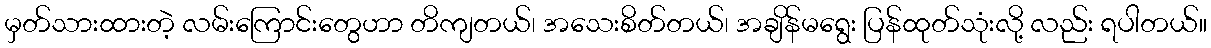
မှတ်သားထားတဲ့ လမ်းကြောင်းတွေဟာ တိကျတယ်၊ အသေးစိတ်တယ်၊ အချိန်မရွေး ပြန်ထုတ်သုံးလို့ လည်း ရပါတယ်။